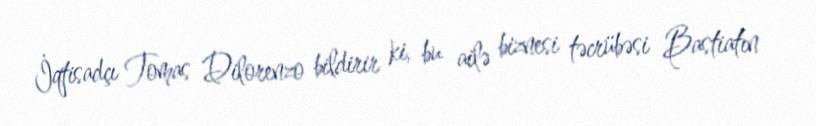
İqtisadçı Tomas Dilorenzo bildirir ki, bu ailə biznesi təcrübəsi Bastiatın